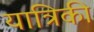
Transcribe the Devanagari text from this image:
यात्रिकी